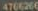
4766266